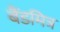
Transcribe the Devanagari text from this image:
बैंडमित्र